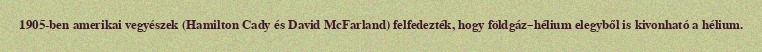
1905-ben amerikai vegyészek (Hamilton Cady és David McFarland) felfedezték, hogy földgáz–hélium elegyből is kivonható a hélium.